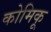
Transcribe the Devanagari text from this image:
कोमिकू